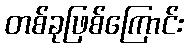
တစ်ခုဖြစ်ကြောင်း